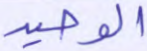
الوحيد